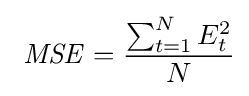
\ {\mathit {MSE}}={\frac {\sum _{t=1}^{N}{E_{t}^{2}}}{N}}